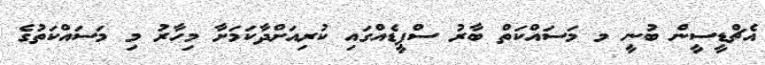
އެޗްޑީސީން ބުނީ މ މަސައްކަތް ބާރު ސްޕީޑެއްގައި ކުރިއަށްދާކަމަށާ މިހާރު މި މަސައްކަތުގެ